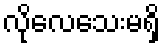
လိုလေသေးမရှိ